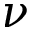
\nu